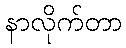
နာလိုက်တာ